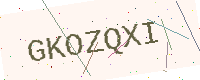
Text: GKOZQXI